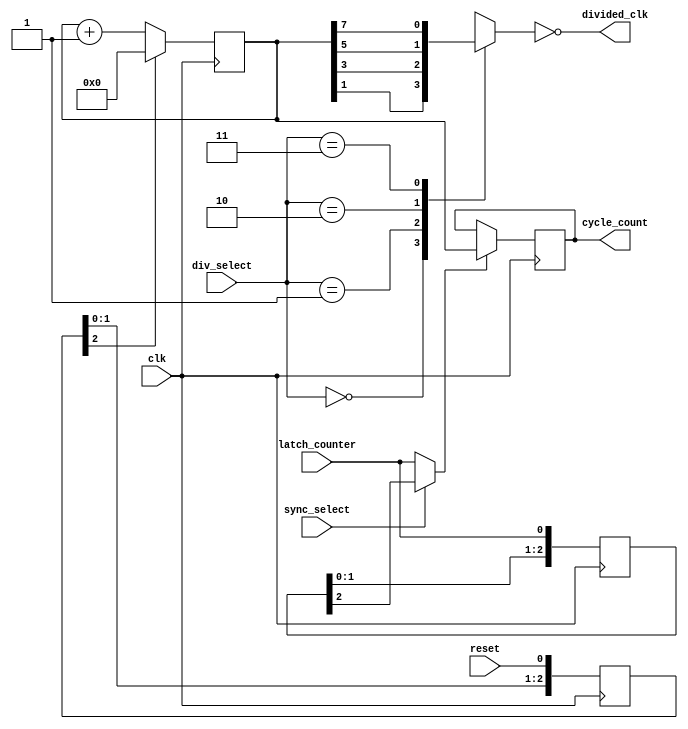
/* This is a simple component, that measures the frequency of
 * the clock relative to a reference signal (e.g. 1PPS). 
 * For debugging purporse a down divided clock is outputted. 
 * Furthermore it can be selected between a 2FF synchronized 
 * reference signal or an unsynchronized one.
 *
 * -----------------------------------------------------------------------------
 *
 * Copyright (C) 2023 Gerrit Grutzeck (g.grutzeck@gfg-development.de)
 *
 * Licensed under the Apache License, Version 2.0 (the "License");
 * you may not use this file except in compliance with the License.
 * You may obtain a copy of the License at
 * 
 * http://www.apache.org/licenses/LICENSE-2.0
 *
 * Unless required by applicable law or agreed to in writing, software
 * distributed under the License is distributed on an "AS IS" BASIS,
 * WITHOUT WARRANTIES OR CONDITIONS OF ANY KIND, either express or implied.
 * See the License for the specific language governing permissions and
 * limitations under the License.
 *
 * -----------------------------------------------------------------------------
 *
 * Create   : Oct 13, 2023
 * Revise   : Oct 26, 2023
 * Revision : 1.1
 *
 * -----------------------------------------------------------------------------
 */

`default_nettype none

module fmeasurment #(parameter LENGTH = 20) (
    input  wire         clk,            // clock
    input  wire         latch_counter,  // latch the internal counter
    input  wire [1:0]   div_select,     // select which divider is used  
    input  wire         reset,          // reset counter to zero
    input  wire         sync_select,    // select if the gate is synchronized with two FFs
    output wire [LENGTH - 1:0] 
                        cycle_count,    // number of counted cycles
    output wire         divided_clk     // the divided clock, speed is selected with div_select
);
    reg [LENGTH - 1:0]  counts;
    
    // select divided clock
    reg                 selected_divided_clk;
    
    always @(counts or div_select) begin
        case (div_select)
            2'b00: selected_divided_clk = counts[1];
            2'b01: selected_divided_clk = counts[3];
            2'b10: selected_divided_clk = counts[5];
            2'b11: selected_divided_clk = counts[7];
        endcase
    end

    assign divided_clk = !selected_divided_clk;


    // select between 2FF synchronized latch signal and asynchron latch signal
    reg [2:0]   latch_counter_syncs;
    wire        latch_counter_final;

    assign latch_counter_final = sync_select ? latch_counter_syncs[2] : latch_counter;


    // counter and latch logic
    reg [LENGTH - 1:0] latched_cycle_count;
    reg [2:0]           reset_syncs;
    always @(posedge clk) begin
        latch_counter_syncs     <= {latch_counter_syncs[1:0], latch_counter};
        reset_syncs             <= {reset_syncs[1:0], reset};
        if (reset_syncs[2]) begin
            counts              <= 0;
        end else begin
            counts              <= counts + 1;
        end

        if (latch_counter_final) begin
            latched_cycle_count <= counts;
        end
    end

    assign cycle_count = latched_cycle_count;
endmodule